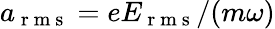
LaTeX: a_{\mathrm{~r~m~s~}}=eE_{\mathrm{~r~m~s~}}/(m\omega)